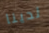
لدينا